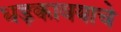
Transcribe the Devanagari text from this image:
धड़कावयाचे